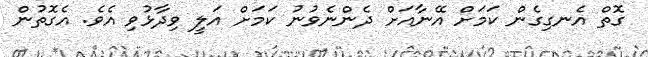
ގޮތް އެނގިގެން ކަމަށް އޭނާއަށް ދެންނެވުނު ކަމަށް އަލީ ވިދާޅުވި އެވެ. އެގޮތުން